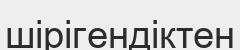
шірігендіктен